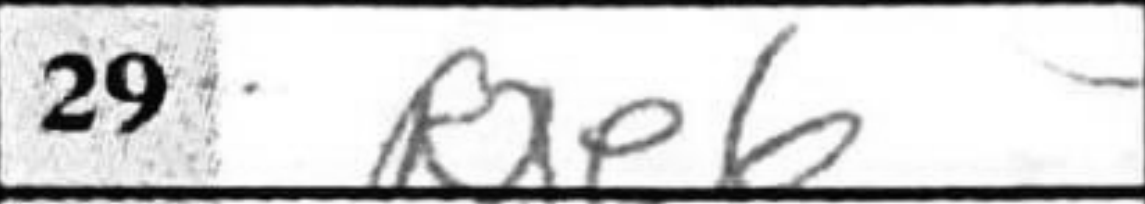
Transcription: Rxe6